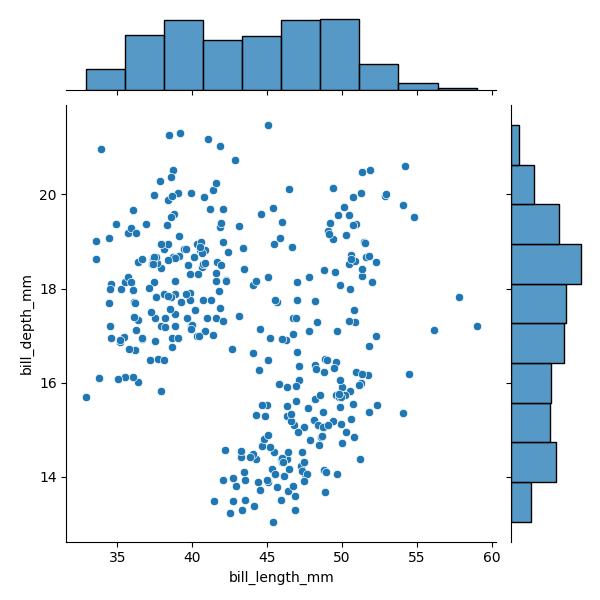
python, seaborn, JointGrid, scatterplot, histplot